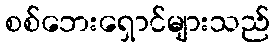
စစ်ဘေးရှောင်များသည်